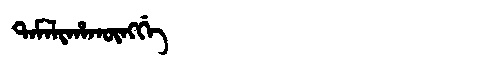
Manchu: ᡨᠠᠮᠠᠯᡳᡥᠠᡴᡡᠩᡤᡝ
Romanization: TAMALIHAKŪNGGE